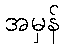
အမှန်